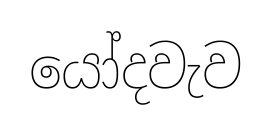
යෝදවැව